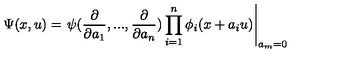
\Psi ( x , u ) = \left. \psi ( \frac { \partial } { \partial a _ { 1 } } , . . . , \frac { \partial } { \partial a _ { n } } ) \prod _ { i = 1 } ^ { n } \phi _ { i } ( x + a _ { i } u ) \right| _ { a _ { m } = 0 }